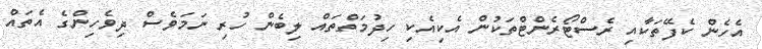
އެހެން ކެފޭތަކާއި ރެސްޓޯރެންޓްތަކުން އެކިއެކި ހިދުމަތްތައް ލިބެން ހުރި ނަމަވެސް ދިވެހިންގެ އެތައް